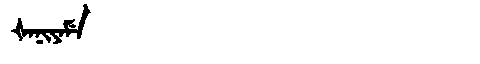
Manchu: ᡧᠠᠨᡳᠶᠠᠮᡝ
Romanization: ŠANIYAME